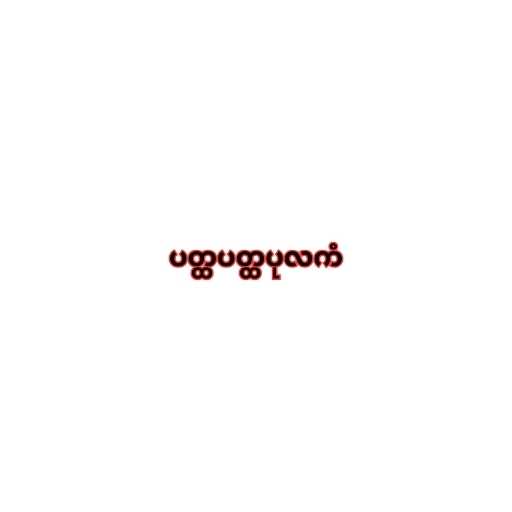
ပတ္ထပတ္ထပုလကံ